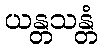
ယန္တသန္တံ